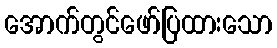
အောက်တွင်ဖော်ပြထားသော